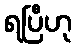
ရပြီဟု